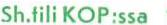
Sh.tili KOP:ssa